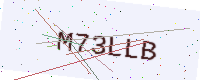
Text: M73LLB